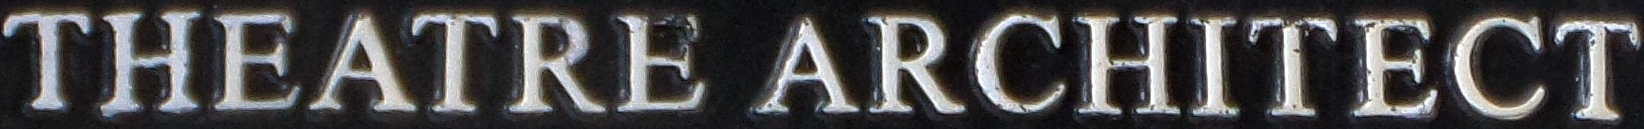
THEATRE ARCHITECT